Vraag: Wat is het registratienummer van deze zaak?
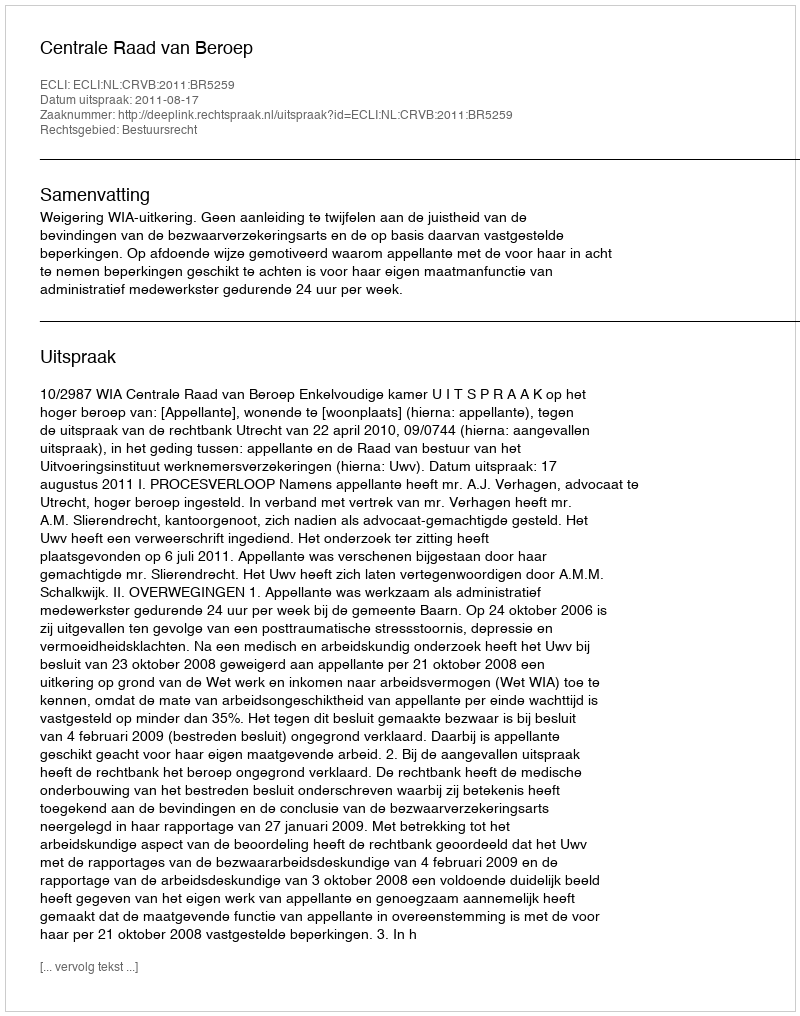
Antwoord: http://deeplink.rechtspraak.nl/uitspraak?id=ECLI:NL:CRVB:2011:BR5259